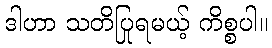
ဒါဟာ သတိပြုရမယ့် ကိစ္စပါ။